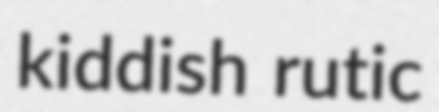
kiddish rutic